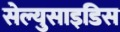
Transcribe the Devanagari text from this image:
सेल्युसाइडिस